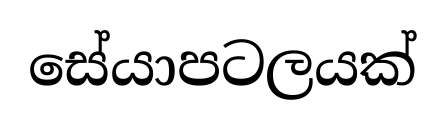
සේයාපටලයක්